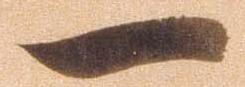
一